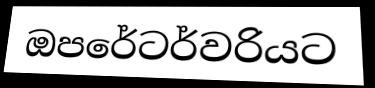
ඔපරේටර්වරියට